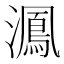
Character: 㵯